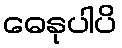
ဓေနုပါပိ